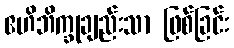
ဧဟိဘိက္ခုချည်းသာ ဖြစ်ခြင်း